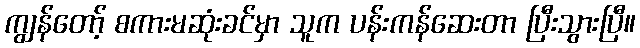
ကျွန်တော့် စကားမဆုံးခင်မှာ သူက ပန်းကန်ဆေးတာ ပြီးသွားပြီ။